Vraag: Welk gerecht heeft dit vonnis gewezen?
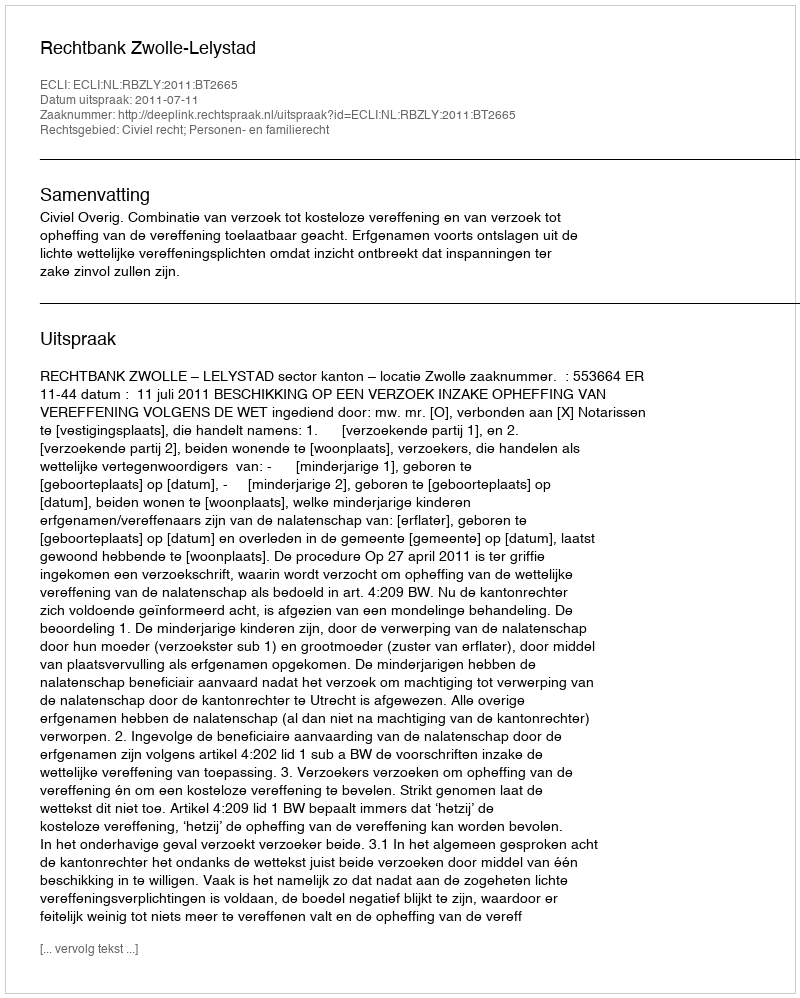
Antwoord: Rechtbank Zwolle-Lelystad